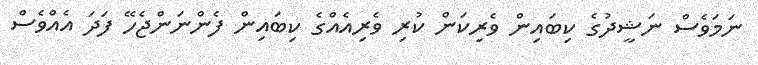
ނަމަވެސް ނަޝީދުގެ ކިބައިން ވެރިކަން ކުރި ވެރިއެއްގެ ކިބައިން ފެންނަންޖެހޭ ފަދަ އެއްވެސް